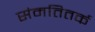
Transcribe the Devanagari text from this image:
संमतितर्क